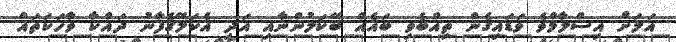
އަލަށް އިސްލާމްވެ ވަޑައިގެން ތިއްބެވި ބައެއް ބޭކަލުންނާއި އަދި އެކަލޭގެފާނު ދައްކާ ވާހަކަތައް